Annual report of the Central Committee of the Association together with the report of the directors of the Pasteur Institute at Kasauli
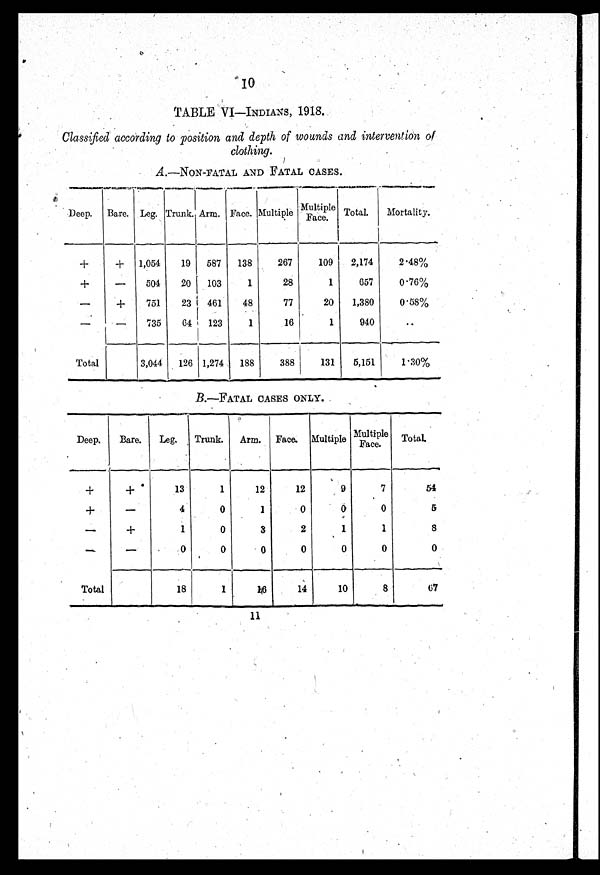
10
TABLE VI—INDIANS, 1918.
Classified according to position and depth of wounds and intervention of
clothing .
A .—NON-FATAL AND FATAL CASES.
Deep.
Bare. Leg. Trunk. Arm. Face. Multiple
Multiple Face. Total.
Mortality.
+
+
1,054
19
587
138
267
109
2,174
2.48%
+
-
504
20
103
1
28
1
657
0.76%
-
+
751
23
461
48
77
20
1,380
0.58%
-
-
735
64
123
1
16
1
940
..
Total
3,044
126 1,274
188
388
131
5,151
1.30%
B.—FATAL CASES ONLY.
Deep.
Bare.
Leg.
Trunk.
Arm.
Face. Multiple
Multiple Face. Total.
+
+
13
1
12
12
9
7
54
+
-
4
0
1
0
0
0
5
- +
1
0
3
2
1
1
8
- -
0
0
0
0
0
0
0
Total
18
1
16
14
10
8
67
11